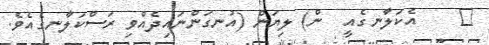
٤    އެކަލާނގެއީ  ން) ލިޔަން (އުނގަންނައިދެއްވި ރަސްކަލާނގެއެވެ.